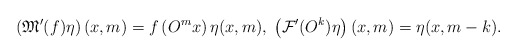
\begin{align*}\left(\mathfrak{M}^\prime(f)\eta\right)(x,m)=f\left( O^mx\right)\eta(x,m),\;\left( \mathcal{F}'(O^k)\eta \right)(x,m)=\eta(x,m-k).\end{align*}